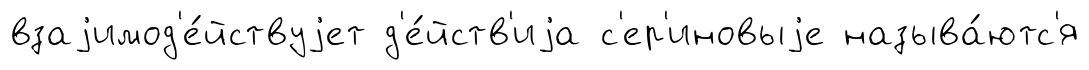
взаjимод'е́йствуjет д'е́йств'иjа с'ер'иновыjе называ́ютс'я